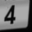
Digit: 4